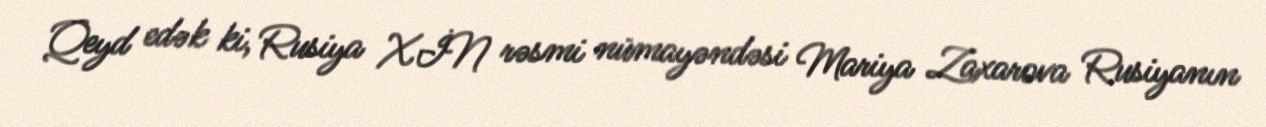
Qeyd edək ki, Rusiya XİN rəsmi nümayəndəsi Mariya Zaxarova Rusiyanın